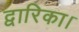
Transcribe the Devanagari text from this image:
द्वारिका।